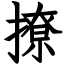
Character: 撩